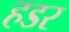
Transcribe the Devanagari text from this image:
हडर